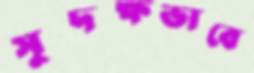
সুদক্ষভাবে